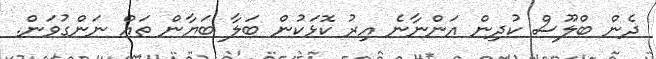
ދެން ބްލޫސް ކުދިން އަންނާނެ އިރު ކޮޅަކުން ބަލާ ބަޔާން ތައް ނަންގުވަން.